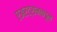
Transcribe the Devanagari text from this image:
एअरट्रानकडून